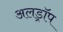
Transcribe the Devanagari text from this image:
अलड्रॉप